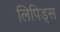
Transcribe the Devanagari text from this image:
लिपिड्स